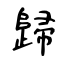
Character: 歸